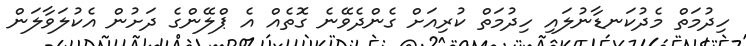
ހިދުމަތް މެދުކަނޑާނުލައި ހިދުމަތް ކުރިއަށް ގެންދެވޭނެ ގޮތެއް އެ ޕްލޭންގެ ދަށުން އެކުލަވާލަން